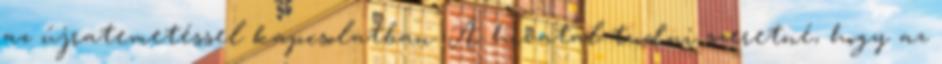
az újratemetéssel kapcsolatban. A hivatal tudni szeretné, hogy az